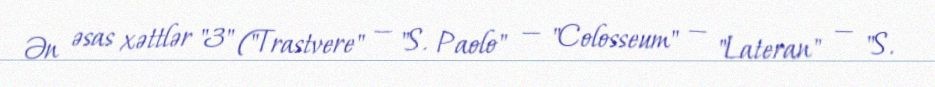
Ən əsas xəttlər "3" ("Trastvere" — "S. Paolo" — "Colosseum" — "Lateran" — "S.